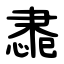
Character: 䏋